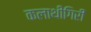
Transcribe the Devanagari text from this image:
कलाथीगिरी